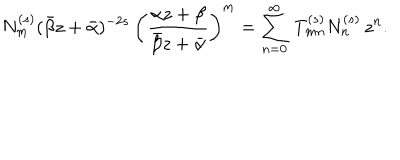
N _ { m } ^ { ( s ) } ( \bar { \beta } z + \bar { \alpha } ) ^ { - 2 s } \, \left( \frac { \alpha z + \beta } { \bar { \beta } z + \bar { \alpha } } \right) ^ { m } = \sum _ { n = 0 } ^ { \infty } \, T _ { m n } ^ { ( s ) } N _ { n } ^ { ( s ) } \, z ^ { n } .